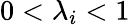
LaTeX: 0<\lambda_{i}<1